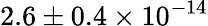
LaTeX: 2.6\pm{0.4}\times 10^{-14}